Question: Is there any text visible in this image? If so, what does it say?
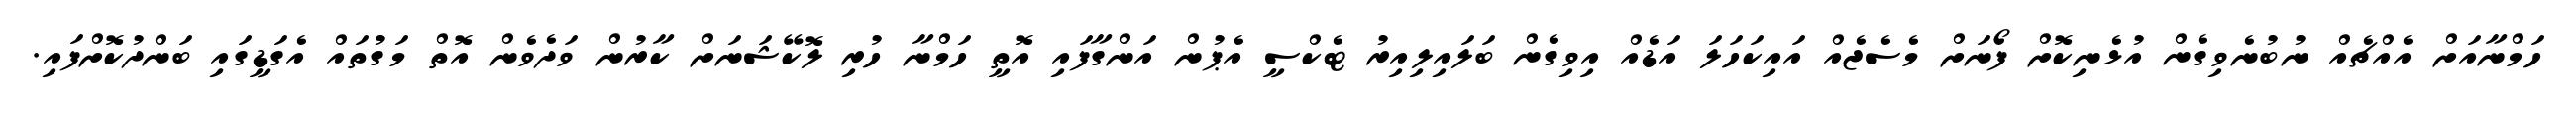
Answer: ހަމްނާއަށް އެއްޗެއް ނުބުނެވިގެން އުޅެނިކޮށް ފޯނަށް މެސެޖެއް އައިކަހަލަ އަޑެއް އިވިގެން ބަލައިލިއިރު ޓެކްސީ އެޕުން އަންގާފައި އޮތީ ހަމްނާ ހުރި ލޮކޭޝަނަށް ކާރުން ވަދެވެން އޮތް މަގުތައް އެގަޑީގައި ބަންދުކޮށްފައި.